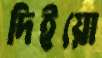
দিইয়ো